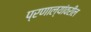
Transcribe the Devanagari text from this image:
प्रणाल्यांवरील